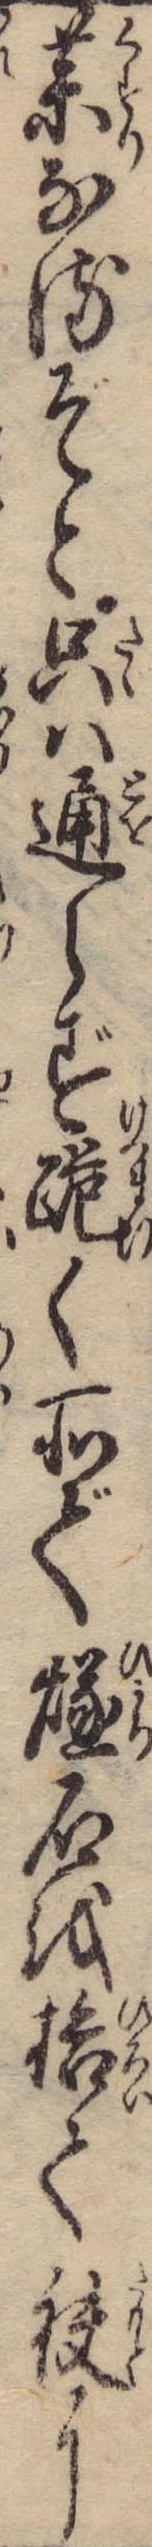
薬なるぞと只は通らず跪く所で燧石を拾て袂に